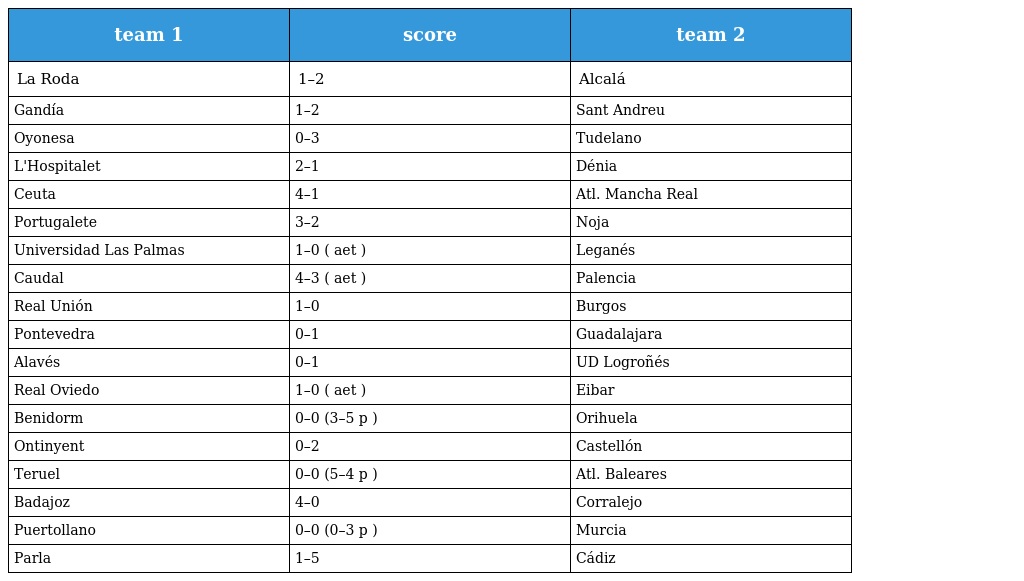
| team 1 | score | team 2 |
 | --- | --- | --- |
 | La Roda | 1–2 | Alcalá |
 | Gandía | 1–2 | Sant Andreu |
 | Oyonesa | 0–3 | Tudelano |
 | L'Hospitalet | 2–1 | Dénia |
 | Ceuta | 4–1 | Atl. Mancha Real |
 | Portugalete | 3–2 | Noja |
 | Universidad Las Palmas | 1–0 ( aet ) | Leganés |
 | Caudal | 4–3 ( aet ) | Palencia |
 | Real Unión | 1–0 | Burgos |
 | Pontevedra | 0–1 | Guadalajara |
 | Alavés | 0–1 | UD Logroñés |
 | Real Oviedo | 1–0 ( aet ) | Eibar |
 | Benidorm | 0–0 (3–5 p ) | Orihuela |
 | Ontinyent | 0–2 | Castellón |
 | Teruel | 0–0 (5–4 p ) | Atl. Baleares |
 | Badajoz | 4–0 | Corralejo |
 | Puertollano | 0–0 (0–3 p ) | Murcia |
 | Parla | 1–5 | Cádiz |